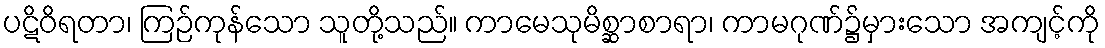
ပဋိဝိရတာ၊ ကြဉ်ကုန်သော သူတို့သည်။ ကာမေသုမိစ္ဆာစာရာ၊ ကာမဂုဏ်၌မှားသော အကျင့်ကို